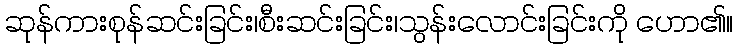
ဆုန်ကားစုန်ဆင်းခြင်း၊စီးဆင်းခြင်း၊သွန်းလောင်းခြင်းကို ဟော၏။